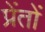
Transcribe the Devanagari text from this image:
प्रेंतों